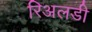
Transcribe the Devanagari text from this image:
रिअलडी